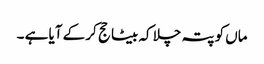
ماں کو پتہ چلا کہ بیٹا حج کر کے آیا ہے ۔